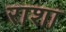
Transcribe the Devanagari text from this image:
राशा